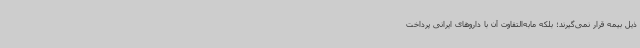
ذیل بیمه قرار نمی‌گیرند؛ بلکه مابه‌التفاوت آن با داروهای ایرانی پرداخت